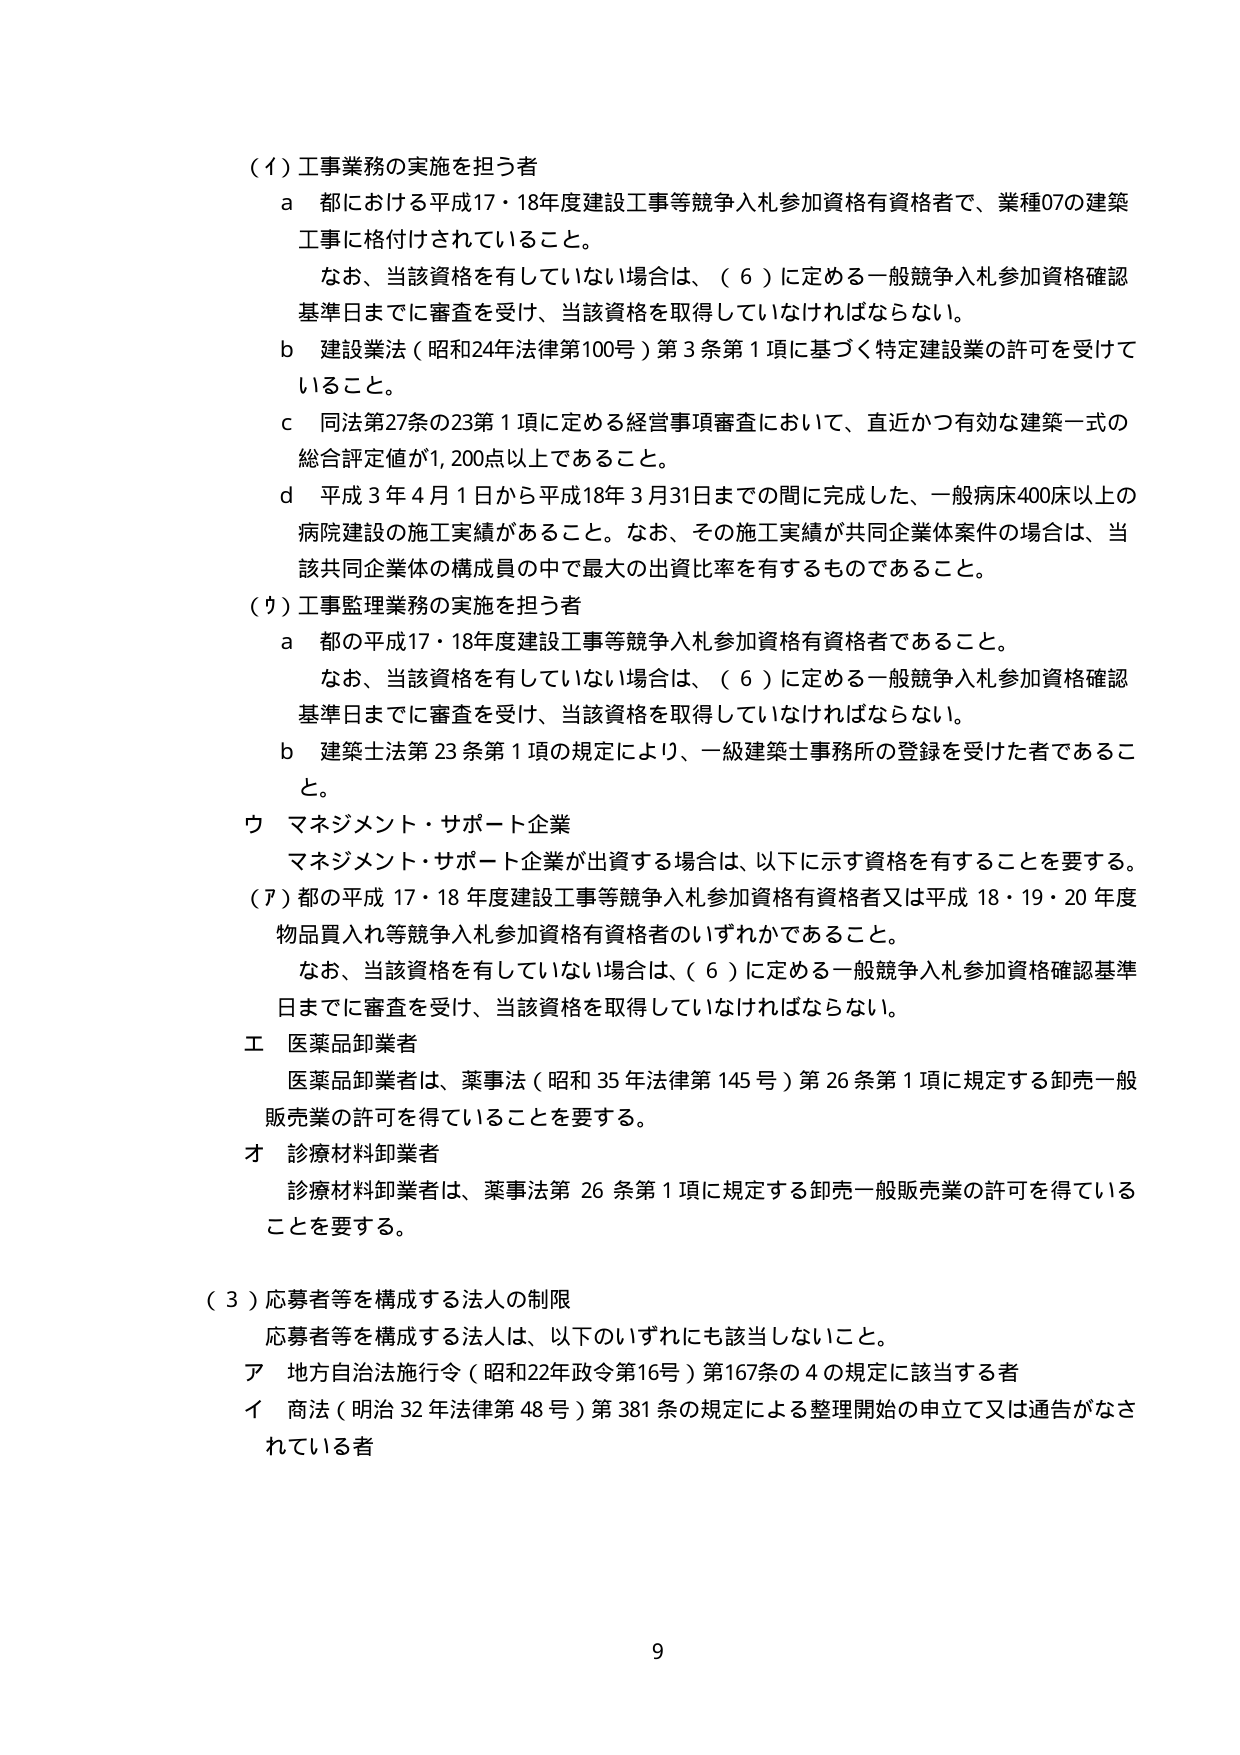
（イ）工事業務の実施を担う者
　a　都における平成17・18年度建設工事等競争入札参加資格有資格者で、業種07の建築工事に格付けされていること。
　　なお、当該資格を有していない場合は、（６）に定める一般競争入札参加資格確認基準日までに審査を受け、当該資格を取得していなければならない。
　b　建設業法（昭和24年法律第100号）第3条第1項に基づく特定建設業の許可を受けていること。
　c　同法第27条の23第1項に定める経営事項審査において、直近かつ有効な建築一式の総合評定値が1,200点以上であること。
　d　平成3年4月1日から平成18年3月31日までの間に完成した、一般病床400床以上の病院建設の施工実績があること。なお、その施工実績が共同企業体案件の場合は、当該共同企業体の構成員の中で最大の出資比率を有するものであること。

（カ）工事監理業務の実施を担う者
　a　都の平成17・18年度建設工事等競争入札参加資格有資格者であること。
　　なお、当該資格を有していない場合は、（６）に定める一般競争入札参加資格確認基準日までに審査を受け、当該資格を取得していなければならない。
　b　建築士法第23条第1項の規定により、一級建築士事務所の登録を受けた者であること。

ウ　マネジメント・サポート企業
　マネジメント・サポート企業が出資する場合は、以下に示す資格を有することを要する。

（ア）都の平成17・18年度建設工事等競争入札参加資格有資格者又は平成18・19・20年度物品買入れ等競争入札参加資格有資格者のいずれかであること。
　　なお、当該資格を有していない場合は、（６）に定める一般競争入札参加資格確認基準日までに審査を受け、当該資格を取得していなければならない。

エ　医薬品卸業者
　医薬品卸業者は、薬事法（昭和35年法律第145号）第26条第1項に規定する卸売一般販売業の許可を得ていることを要する。

オ　診療材料卸業者
　診療材料卸業者は、薬事法第26条第1項に規定する卸売一般販売業の許可を得ていることを要する。

（３）応募者等を構成する法人の制限
　応募者等を構成する法人は、以下のいずれにも該当しないこと。
　ア　地方自治法施行令（昭和22年政令第16号）第167条の4の規定に該当する者
　イ　商法（明治32年法律第48号）第381条の規定による整理開始の申立て又は通告がなされている者

9